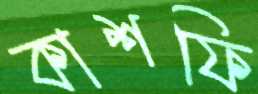
কাশফি